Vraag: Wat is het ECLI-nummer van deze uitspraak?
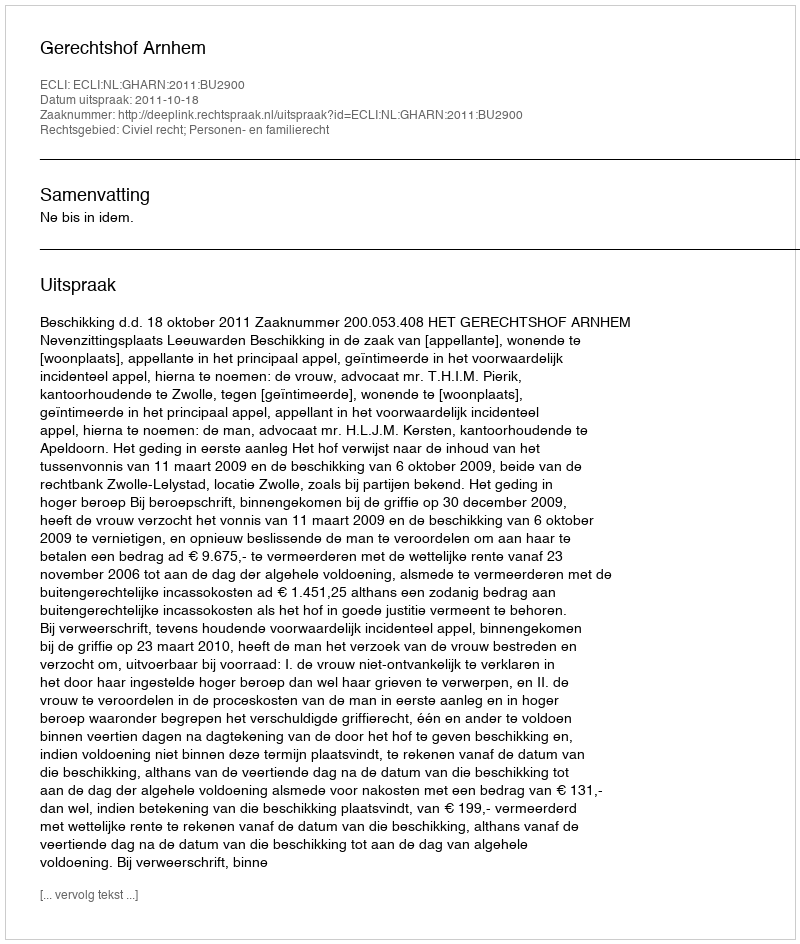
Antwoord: ECLI:NL:GHARN:2011:BU2900